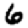
Digit: 6